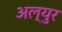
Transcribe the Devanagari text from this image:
अल्युर